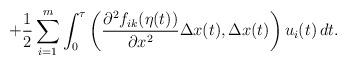
LaTeX: \begin{align*}+\frac{1}{2}\sum_{i=1}^m \int_0^\tau \left(\frac{\partial^2 f_{ik}(\eta(t))}{\partial x^2}\Delta x(t),\Delta x(t)\right)u_i(t)\, dt.\end{align*}